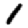
Digit: 1